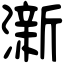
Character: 澵